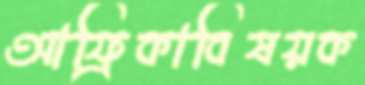
আফ্রিকাবিষয়ক